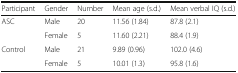
<table><thead><tr><td><b>Participant</b></td><td><b>Gender</b></td><td><b>Number</b></td><td><b>Mean age (s.d.)</b></td><td><b>Mean verbal IQ (s.d.)</b></td></tr></thead><tbody><tr><td rowspan="2">ASC</td><td>Male</td><td>20</td><td>11.56 (1.84)</td><td>87.8 (2.1)</td></tr><tr><td>Female</td><td>5</td><td>11.60 (2.21)</td><td>88.4 (1.9)</td></tr><tr><td rowspan="2">Control</td><td>Male</td><td>21</td><td>9.89 (0.96)</td><td>102.0 (4.6)</td></tr><tr><td>Female</td><td>5</td><td>10.01 (1.3)</td><td>95.8 (1.6)</td></tr></tbody></table>